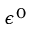
\epsilon ^ { 0 }